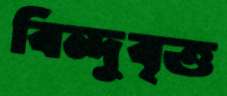
বিন্দুবৃত্ত